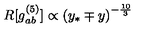
R [ g _ { a b } ^ { ( 5 ) } ] \propto \left( y _ { * } \mp y \right) ^ { - \frac { 1 0 } { 3 } }